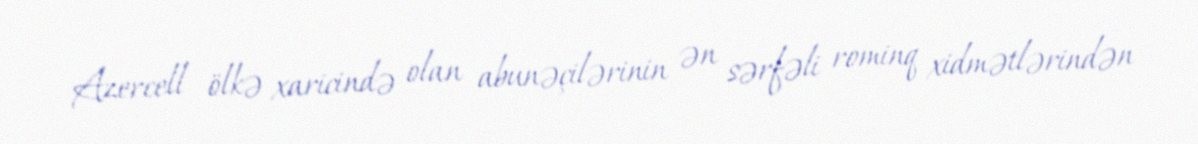
Azercell ölkə xaricində olan abunəçilərinin ən sərfəli rominq xidmətlərindən